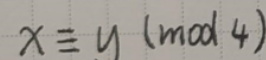
\[x\equiv y\ (\text{mod}\ 4)\]